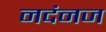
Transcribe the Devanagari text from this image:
नदंनज